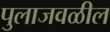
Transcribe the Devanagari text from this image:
पुलाजवळील